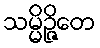
သမ္မိဉ္ဇိတေ